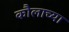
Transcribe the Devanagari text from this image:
कौलाच्या